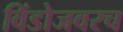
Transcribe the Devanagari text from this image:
विंडोजवरच